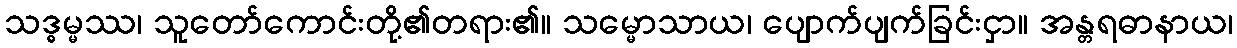
သဒ္ဓမ္မဿ၊ သူတော်ကောင်းတို့၏တရား၏။ သမ္မောသာယ၊ ပျောက်ပျက်ခြင်းငှာ။ အန္တရဓာနာယ၊